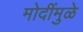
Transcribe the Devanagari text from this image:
मोदींमुळे